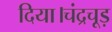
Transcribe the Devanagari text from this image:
दिया।चंद्रचूड़